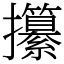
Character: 攥